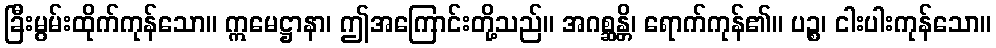
ခြီးမွမ်းထိုက်ကုန်သော။ ဣမေဋ္ဌာနာ၊ ဤအကြောင်းတို့သည်။ အဂစ္ဆန္တိ၊ ရောက်ကုန်၏။ ပဉ္စ၊ ငါးပါးကုန်သော။